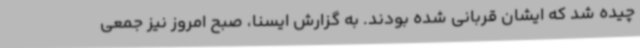
چیده شد که ایشان قربانی شده بودند. به گزارش ایسنا، صبح امروز نیز جمعی